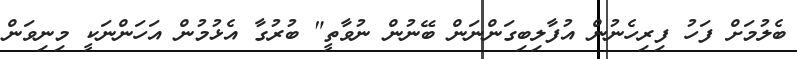
ބެލުމަށް ފަހު ފިރިހެނުން އުފާލިބިގަންނަން ބޭނުން ނުވާތީ" ބުރުގާ އެޅުމުން އަހަންނަކީ މިނިވަން